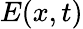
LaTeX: E(x,t)